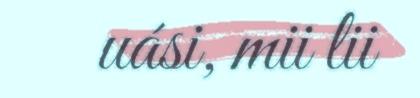
uási, mii lii